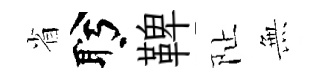
省盻鞞阯𭴾